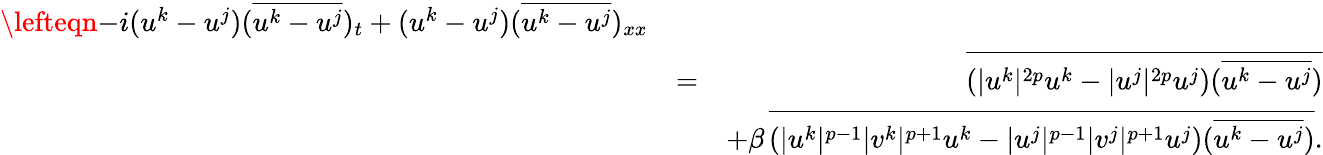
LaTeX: \begin{array}{rlr}{\lefteqn{-i(u^{k}-u^{j})(\overline{{u^{k}-u^{j}}})_{t}+(u^{k}-u^{j})(\overline{{u^{k}-u^{j}}})_{xx}}}\\ &{=}&{\overline{{(|u^{k}|^{2p}u^{k}-|u^{j}|^{2p}u^{j})(\overline{{u^{k}-u^{j}}})}}}\\ &{}&{+\beta\, \overline{{(|u^{k}|^{p-1}|v^{k}|^{p+1}u^{k}-|u^{j}|^{p-1}|v^{j}|^{p+1}u^{j})(\overline{{u^{k}-u^{j}}})}}.}\end{array}